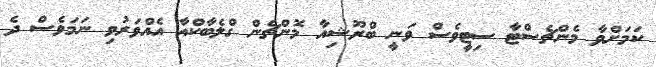
ކަމަށްވާ މެންޗެސްޓާ ސިޓީވެސް ވަނީ ބްރޫޝިއާ މޮންޗެން ގްލެބާކްއާ އެއްވަރުވި ނަމަވެސް ދެ